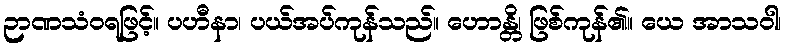
ဉာဏသံဝရဖြင့်။ ပဟီနာ၊ ပယ်အပ်ကုန်သည်။ ဟောန္တိ၊ ဖြစ်ကုန်၏။ ယေ အာသဝါ၊